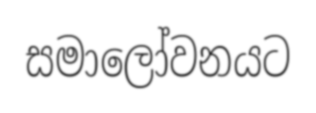
සමාලෝවනයට